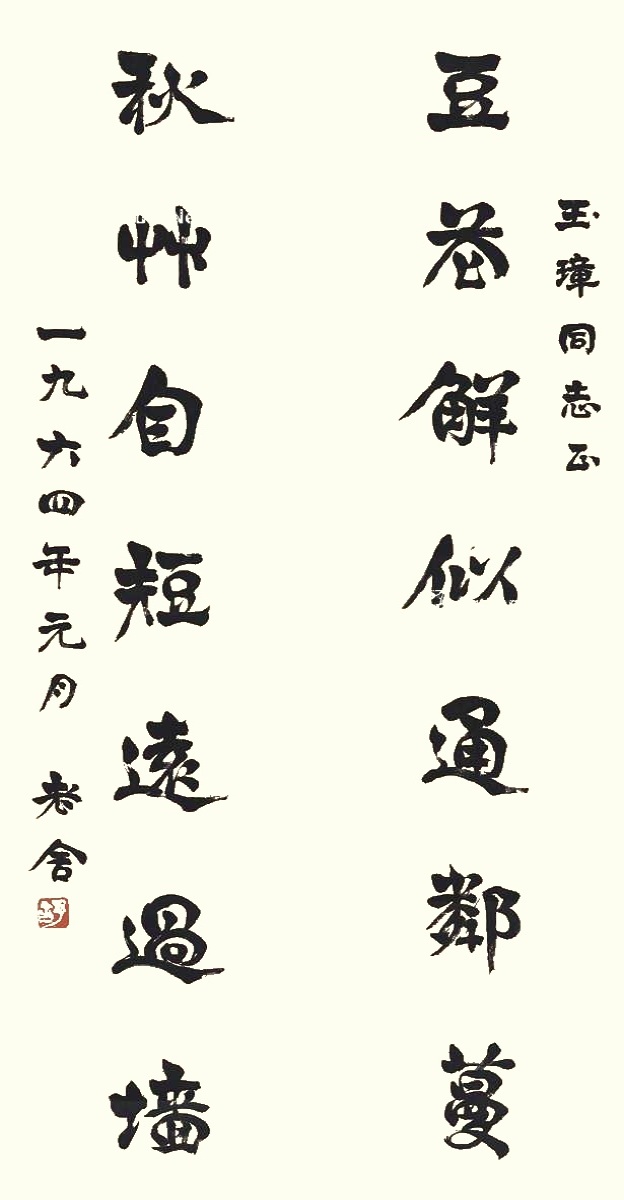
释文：豆花解似通邻蔓，秋草自短远过墙。玉璋同志正。一九六四年元月，老舍。